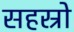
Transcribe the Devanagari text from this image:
सहस्रो